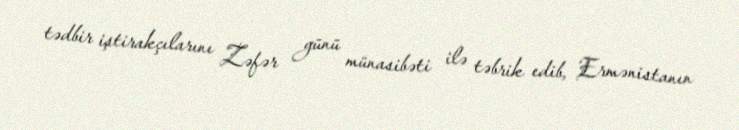
tədbir iştirakçılarını Zəfər günü münasibəti ilə təbrik edib, Ermənistanın